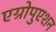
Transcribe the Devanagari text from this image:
एग्रोपुएशन